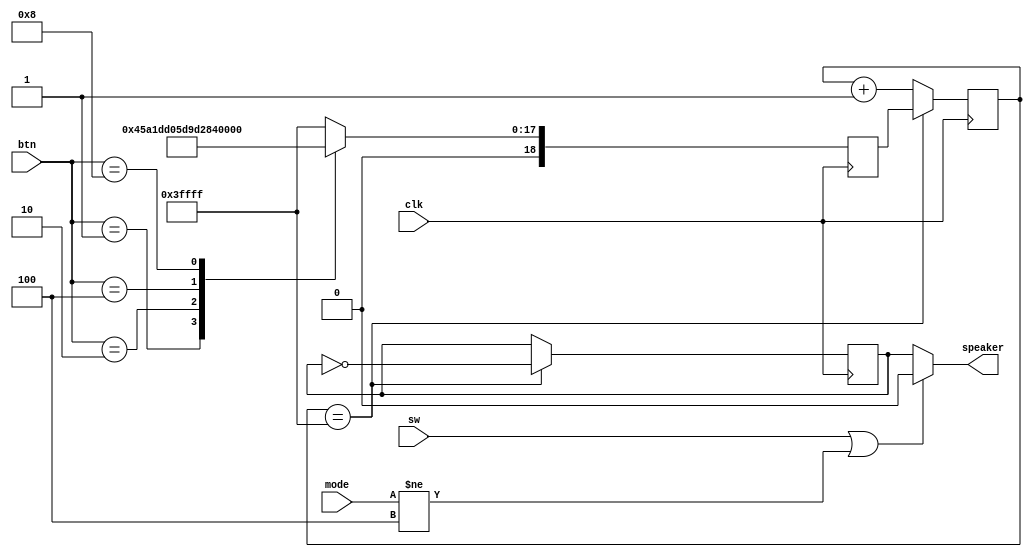
`timescale 1ns / 1ps
//////////////////////////////////////////////////////////////////////////////////
// Company: 
// Engineer: 
// 
// Design Name: 
// Module Name:    speaker 
// Project Name: 
// Target Devices: 
// Tool versions: 
// Description: 
//
// Dependencies: 
//
// Revision: 
// Revision 0.01 - File Created
// Additional Comments: 
//
//////////////////////////////////////////////////////////////////////////////////
module Music(
   input sw,
	input [3:0]mode,
	input clk,
	input [3:0] btn,
	output speaker
    );
	
	// 
	reg [18:0]freq;
	reg [18:0]count;
	reg o;
	
	assign speaker  = (sw==1||mode != 4'b0100)?0:o;
   
	always @(posedge clk) begin
		case(btn)
			'b0001: freq <='d71303;
			'b0010: freq <='d118877;
			'b0100: freq <='d160928;
			'b1000: freq <='d186270;
			default: freq <='d262143;
		endcase
	end

	always @ (posedge clk) begin
		 if(count == 262143) begin
			  count <= freq;
			  o <= ~o;
		end else
			count <= count + 19'b1;
	end
	// 

endmodule